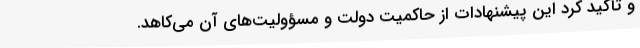
و تأکید کرد این پیشنهادات از حاکمیت دولت و مسؤولیت‌های آن می‌کاهد.